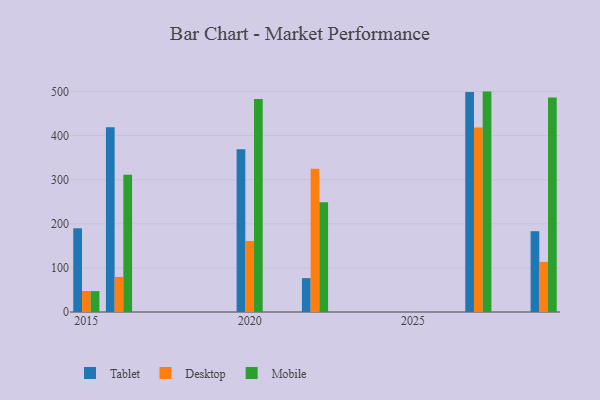
{"axis": {"x": "Year", "y": "Production Output"}, "legend": ["Desktop", "Mobile", "Tablet"], "data": [{"x": "2016", "y": 418.9, "type": "Tablet"}, {"x": "2016", "y": 79.5, "type": "Desktop"}, {"x": "2016", "y": 311.1, "type": "Mobile"}, {"x": "2029", "y": 183.2, "type": "Tablet"}, {"x": "2029", "y": 113.8, "type": "Desktop"}, {"x": "2029", "y": 486.6, "type": "Mobile"}, {"x": "2022", "y": 76.8, "type": "Tablet"}, {"x": "2022", "y": 324.7, "type": "Desktop"}, {"x": "2022", "y": 248.7, "type": "Mobile"}, {"x": "2020", "y": 368.8, "type": "Tablet"}, {"x": "2020", "y": 161.1, "type": "Desktop"}, {"x": "2020", "y": 483.0, "type": "Mobile"}, {"x": "2015", "y": 189.8, "type": "Tablet"}, {"x": "2015", "y": 47.5, "type": "Desktop"}, {"x": "2015", "y": 47.4, "type": "Mobile"}, {"x": "2027", "y": 498.8, "type": "Tablet"}, {"x": "2027", "y": 418.4, "type": "Desktop"}, {"x": "2027", "y": 499.8, "type": "Mobile"}]}